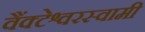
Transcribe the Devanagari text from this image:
वैंक्टेश्वरस्वामी